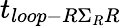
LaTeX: t_{loop-R\Sigma_{R}R}